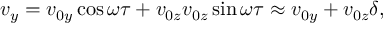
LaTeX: v _ { y } = v _ { 0 y } \cos { \omega \tau } + v _ { 0 z } v _ { 0 z } \sin { \omega \tau } \approx v _ { 0 y } + v _ { 0 z } \delta ,